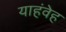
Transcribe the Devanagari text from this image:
याहंवेह